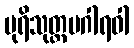
ပုရိသုတ္တမဂါရဝါ